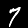
Label: 7